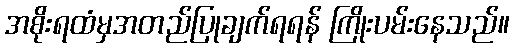
အစိုးရထံမှအတည်ပြုချက်ရရန် ကြိုးပမ်းနေသည်။